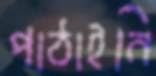
পাঠাইনি